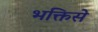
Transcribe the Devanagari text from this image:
भक्तिसे